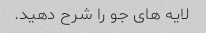
لایه های جو را شرح دهید.